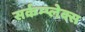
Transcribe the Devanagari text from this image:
सर्कम्प्लेक्स